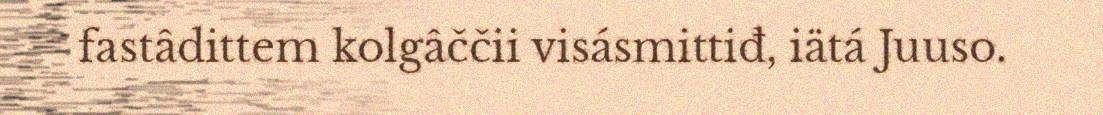
fastâdittem kolgâččii visásmittiđ, iätá Juuso.